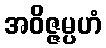
အဝိဇ္ဇမ္ပဟံ